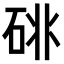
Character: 𥒩